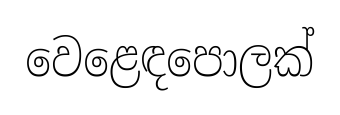
වෙළෙඳපොලක්